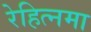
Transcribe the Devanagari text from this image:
रेहित्नमा